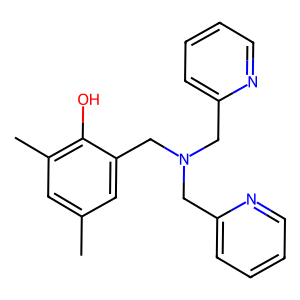
SMILES: Cc1cc(C)c(O)c(CN(Cc2ccccn2)Cc2ccccn2)c1
Inhibits HIV replication: No